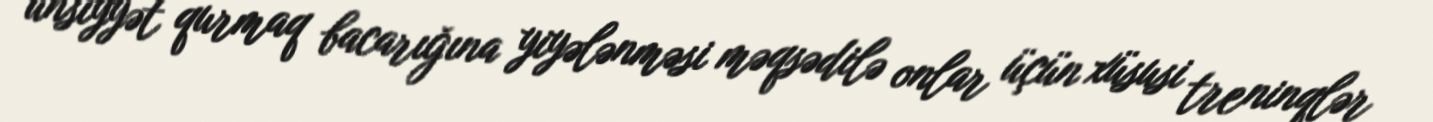
ünsiyyət qurmaq bacarığına yiyələnməsi məqsədilə onlar üçün xüsusi treninqlər